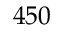
4 5 0